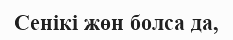
Сенікі жөн болса да,